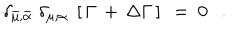
LaTeX: \delta _ { \bar { \mu } , \bar { \alpha } } \; \delta _ { \mu , \alpha } \; \left[ \, \Gamma \, + \, \Delta \Gamma \, \right] \ = \ 0 \ \ \ .